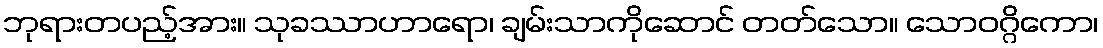
ဘုရားတပည့်အား။ သုခဿာဟာရော၊ ချမ်းသာကိုဆောင် တတ်သော။ သောဝဂ္ဂိကော၊